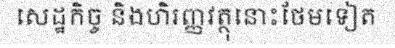
សេដ្ឋកិច្ច និងហិរញ្ញវត្ថុនោះថែមទៀត